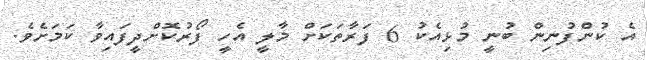
އެ ކުންފުނިން ބުނީ މުޅިއެކު 6 ފަރާތަކަށް މާލީ އެހީ ފޯރުކޮށްދީފައިވާ ކަމަށެވެ.